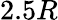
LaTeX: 2.5R